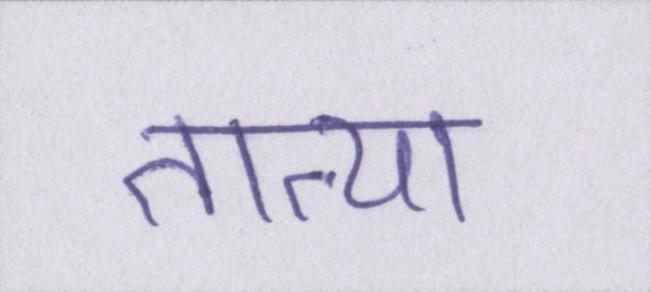
तात्या